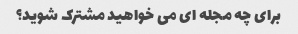
برای چه مجله ای می خواهید مشترک شوید؟